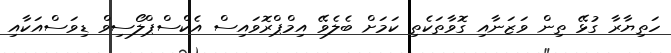
ހަތިޔާރާ ގުޅޭ ތިން ވަޒަނާއި ގޮވާތަކެތި ކަމަށް ބެލެވޭ އިމްޕްރޮވައިސް އެކްސްޕްލޯސިވް ޑިވަސްއަކާއި